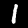
Label: 1